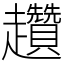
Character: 趲